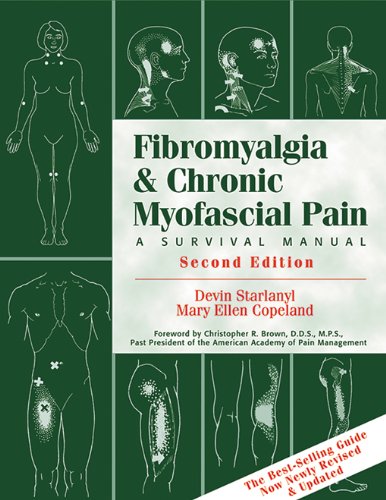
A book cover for Fibromyalgia and Chronic Myofascial Pain: A Survival Manual (2nd Edition); Devin J. Starlanyl; Health, Fitness & Dieting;